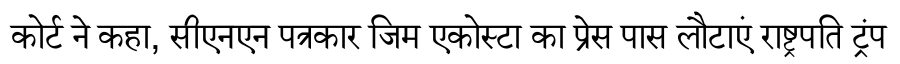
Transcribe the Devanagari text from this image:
कोर्ट ने कहा, सीएनएन पत्रकार जिम एकोस्टा का प्रेस पास लौटाएं राष्ट्रपति ट्रंप